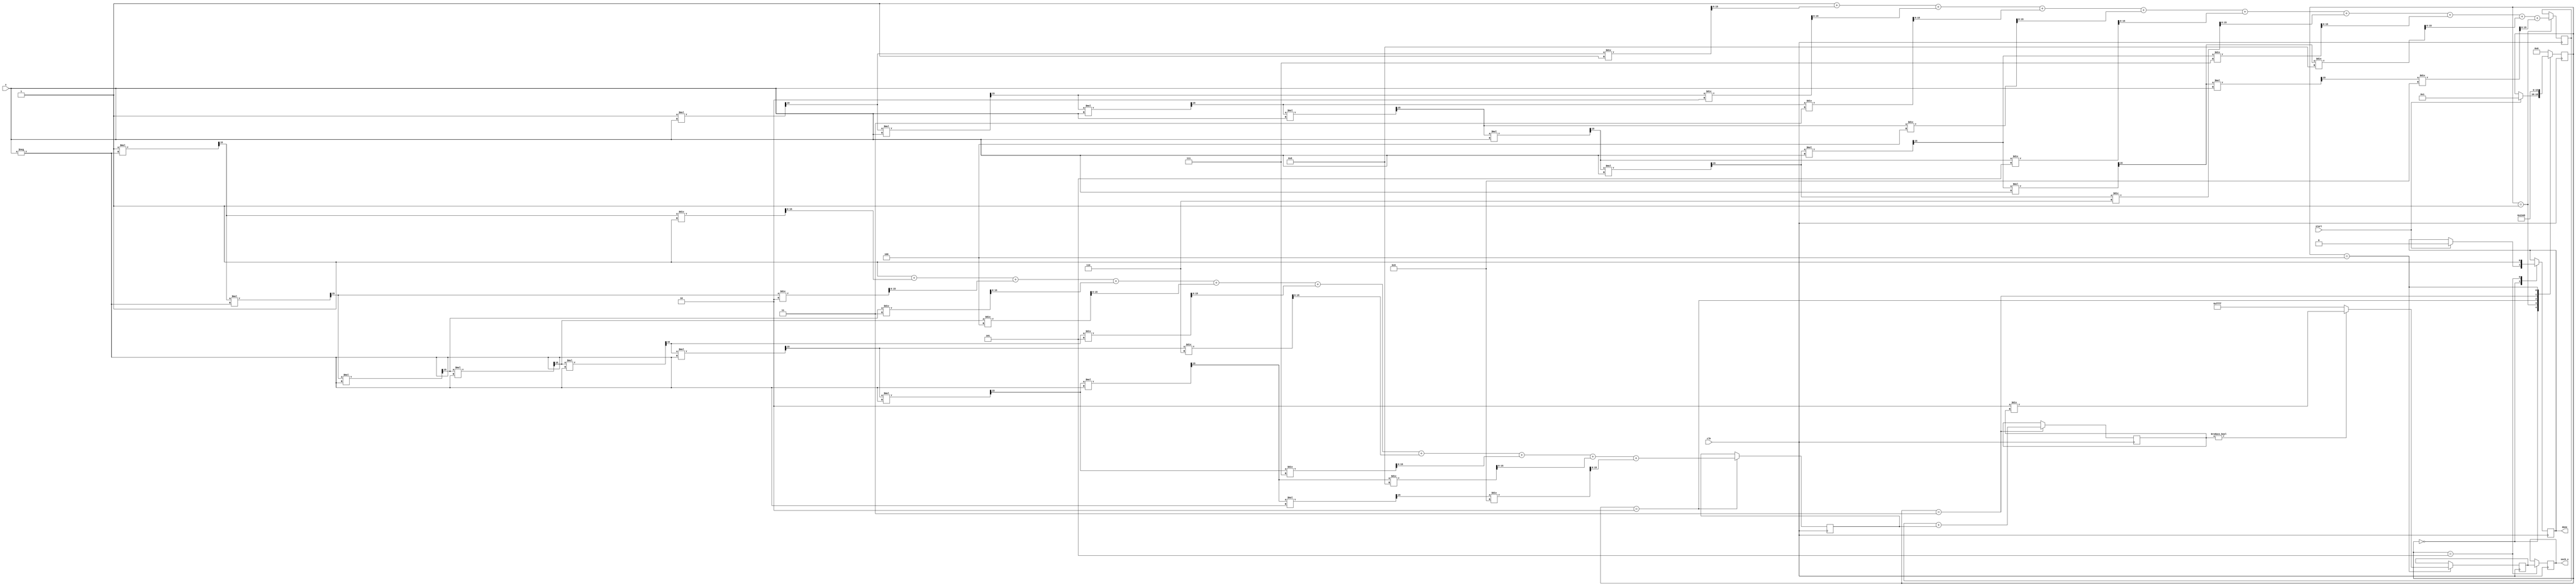
module hyperbolic_secant (
    input wire [15:0] x,        // Input (x) in fixed-point representation
    output reg [15:0] sech_x,   // Output (sech(x)) in fixed-point representation
    input wire clk,             // Clock signal
    input wire start,           // Start signal
    output reg done             // Done signal
);

    reg [15:0] exp_x;           // Variable to hold e^x
    reg [15:0] exp_neg_x;       // Variable to hold e^-x
    reg [15:0] sum_exp;         // Variable to hold e^x + e^-x
    reg [15:0] temp_sech;       // Temporary variable for sech calculation
    reg [3:0] state;            // State variable for control logic

    // State encoding
    localparam IDLE = 4'b0000,
               CALC_EXP_X = 4'b0001,
               CALC_EXP_NEG_X = 4'b0010,
               ADD_EXP = 4'b0011,
               DIVIDE = 4'b0100,
               DONE = 4'b0101;

    // Simple exponential approximation (Taylor series) for e^x
    function [15:0] exp_approx(input [15:0] value);
        reg [15:0] term;
        reg [15:0] result;
        integer i;
        begin
            result = 16'h0001; // e^0 = 1
            term = 16'h0001;   // First term of Taylor series
            for (i = 1; i < 10; i = i + 1) begin // Calculate first few terms
                term = (term * value) >> 15; // Multiply by x and shift right for fixed-point
                result = result + term / i;   // Add term / i
            end
            exp_approx = result;
        end
    endfunction

    // Control logic
    always @(posedge clk) begin
        case (state)
            IDLE: begin
                if (start) begin
                    state <= CALC_EXP_X;
                    done <= 1'b0;
                end
            end
            CALC_EXP_X: begin
                exp_x <= exp_approx(x);
                state <= CALC_EXP_NEG_X;
            end
            CALC_EXP_NEG_X: begin
                exp_neg_x <= exp_approx(-x);
                state <= ADD_EXP;
            end
            ADD_EXP: begin
                sum_exp <= exp_x + exp_neg_x;
                state <= DIVIDE;
            end
            DIVIDE: begin
                if (sum_exp != 0) begin
                    temp_sech <= (16'h0002 * 16'h0001) / sum_exp; // 2 / (e^x + e^-x)
                end else begin
                    temp_sech <= 16'hFFFF; // Handle division by zero case
                end
                state <= DONE;
            end
            DONE: begin
                sech_x <= temp_sech;
                done <= 1'b1;
                state <= IDLE; // Go back to idle
            end
            default: state <= IDLE;
        endcase
    end

endmodule